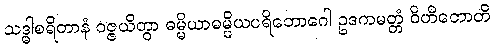
သဒ္ဓါစရိတာနံ ဝဇ္ဇယိတွာ ဓမ္မိယာဓမ္မိယပရိဘောဂေါ ဥဒကမတ္တံ ဝိဟိတောတိ